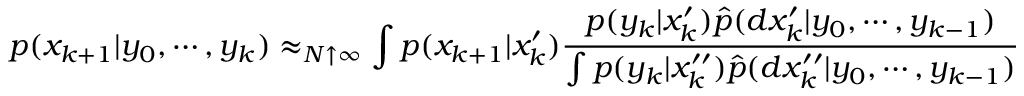
p ( x _ { k + 1 } | y _ { 0 } , \cdots , y _ { k } ) \approx _ { N \uparrow \infty } \int p ( x _ { k + 1 } | x _ { k } ^ { \prime } ) { \frac { p ( y _ { k } | x _ { k } ^ { \prime } ) { \widehat { p } } ( d x _ { k } ^ { \prime } | y _ { 0 } , \cdots , y _ { k - 1 } ) } { \int p ( y _ { k } | x _ { k } ^ { \prime \prime } ) { \widehat { p } } ( d x _ { k } ^ { \prime \prime } | y _ { 0 } , \cdots , y _ { k - 1 } ) } }